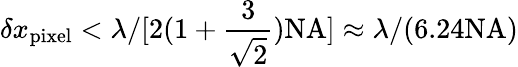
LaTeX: \delta x_{\mathrm{pixel}}<\lambda/[2(1+\frac{3}{\sqrt{2}})\mathrm{NA}]\approx\lambda/(6.24\mathrm{NA})